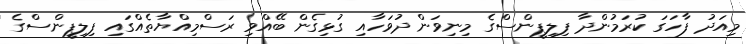
މިއަދު ފާހަގަ ކުރަމުންދާ ފިލިޕީންސްގެ މިނިވަން ދުވަހާއި ގުޅިގެން ބޭއްވި ރަސްމިއްޔާތެއްގައި ފިލިޕީންސްގެ